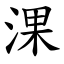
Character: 淉